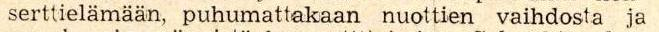
serttielämään, puhumattakaan nuottien vaihdosta ja